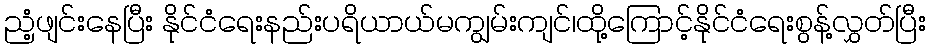
ညံ့ဖျင်းနေပြီး နိုင်ငံရေးနည်းပရိယာယ်မကျွမ်းကျင်၊ထို့ကြောင့်နိုင်ငံရေးစွန့်လွှတ်ပြီး